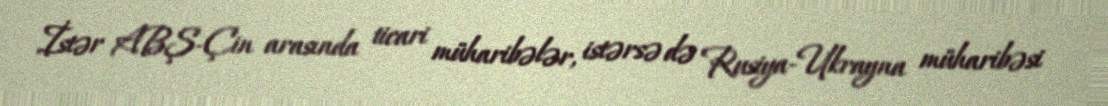
İstər ABŞ-Çin arasında ticari müharibələr, istərsə də Rusiya-Ukrayna müharibəsi